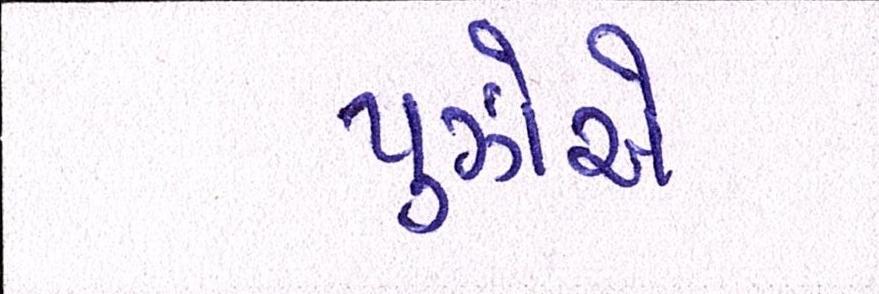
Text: પુઝોએ